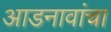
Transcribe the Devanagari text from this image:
आडनावांचा